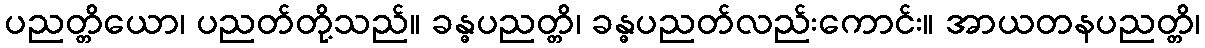
ပညတ္တိယော၊ ပညတ်တို့သည်။ ခန္ဓပညတ္တိ၊ ခန္ဓပညတ်လည်းကောင်း။ အာယတနပညတ္တိ၊